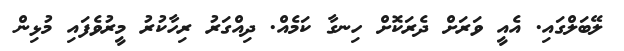
ލޭބަލްގައި. އެއީ ވަރަށް ދެރަކޮށް ހިނގާ ކަމެއް. ދިއްގަރު ރިހާކުރު މީރުވެފައި މުޅިން